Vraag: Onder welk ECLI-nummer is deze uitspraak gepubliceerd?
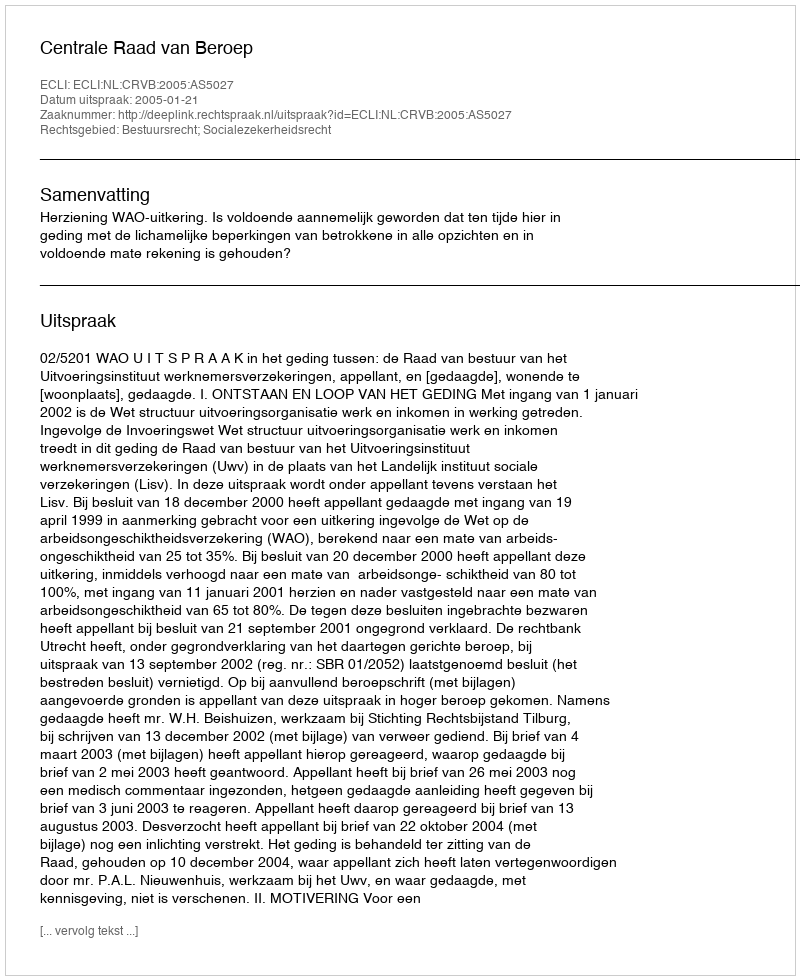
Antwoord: ECLI:NL:CRVB:2005:AS5027